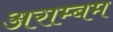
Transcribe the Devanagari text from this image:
अराम्बम